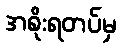
အစိုးရတပ်မှ